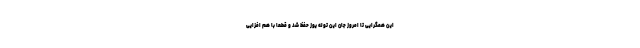
این همگرایی تا امروز جان این توله یوز حفظ شد و قطعاً با هم افزایی